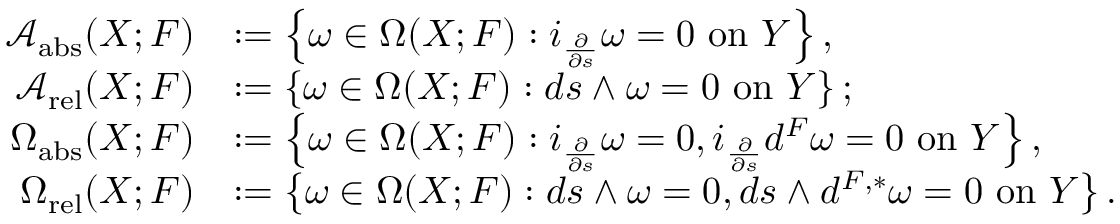
\begin{array} { r l } { \mathcal { A } _ { \mathrm { a b s } } ( X ; F ) } & { : = \left\{ \omega \in \Omega ( X ; F ) : i _ { \frac { \partial } { \partial s } } \omega = 0 \mathrm { ~ o n ~ } Y \right\} , } \\ { \mathcal { A } _ { \mathrm { r e l } } ( X ; F ) } & { : = \left\{ \omega \in \Omega ( X ; F ) : d s \wedge \omega = 0 \mathrm { ~ o n ~ } Y \right\} ; } \\ { \Omega _ { \mathrm { a b s } } ( X ; F ) } & { : = \left\{ \omega \in \Omega ( X ; F ) : i _ { \frac { \partial } { \partial s } } \omega = 0 , i _ { \frac { \partial } { \partial s } } d ^ { F } \omega = 0 \mathrm { ~ o n ~ } Y \right\} , } \\ { \Omega _ { \mathrm { r e l } } ( X ; F ) } & { : = \left\{ \omega \in \Omega ( X ; F ) : d s \wedge \omega = 0 , d s \wedge d ^ { F , * } \omega = 0 \mathrm { ~ o n ~ } Y \right\} . } \end{array}